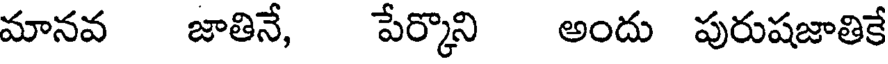
మానవ జాతినే, పేర్కొని అందు పురుషజాతికే